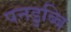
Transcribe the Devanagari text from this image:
पनडुब्बि